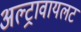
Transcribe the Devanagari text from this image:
अल्ट्रावायलट